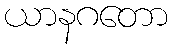
ယာနဂတော